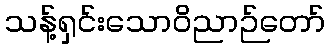
သန့်ရှင်းသောဝိညာဉ်တော်